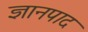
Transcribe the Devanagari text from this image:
ज्ञानपाद